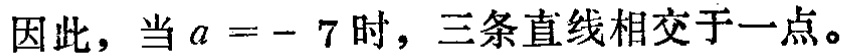
因此，当 \(a = - 7\) 时，三条直线相交于一点。